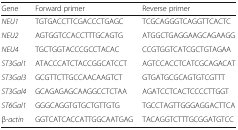
<table><thead><tr><td><b>Gene</b></td><td><b>Forward primer</b></td><td><b>Reverse primer</b></td></tr></thead><tbody><tr><td><i>NEU1</i></td><td>TGTGACCTTCGACCCTGAGC</td><td>TCGCAGGGTCAGGTTCACTC</td></tr><tr><td><i>NEU2</i></td><td>AGTGGTCCACCTTTGCAGTG</td><td>ATGGCTGAGGAAGCAGAAGG</td></tr><tr><td><i>NEU4</i></td><td>TGCTGGTACCCGCCTACAC</td><td>CCGTGGTCATCGCTGTAGAA</td></tr><tr><td><i>ST3Gal1</i></td><td>ATACCCATCTACCGGCATCCT</td><td>AGTCCACCTCATCGCAGACAT</td></tr><tr><td><i>ST3Gal3</i></td><td>GCGTTCTTGCCAACAAGTCT</td><td>GTGATGCGCAGTGTCGTTT</td></tr><tr><td><i>ST3Gal4</i></td><td>GCAGAGAGCAAGGCCTCTAA</td><td>AGATCCTCACTCCCCTTGGT</td></tr><tr><td><i>ST6Gal1</i></td><td>GGGCAGGTGTGCTGTTGTG</td><td>TGCCTAGTTGGGAGGACTTCA</td></tr><tr><td>β<i>-actin</i></td><td>GGTCATCACCATTGGCAATGAG</td><td>TACAGGTCTTTGCGGATGTCC</td></tr></tbody></table>